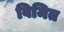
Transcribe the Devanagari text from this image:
विमित